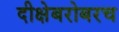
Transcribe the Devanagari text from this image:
दीक्षेबरोबरच